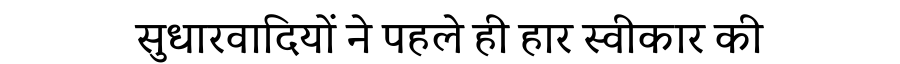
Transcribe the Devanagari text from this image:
सुधारवादियों ने पहले ही हार स्वीकार की